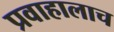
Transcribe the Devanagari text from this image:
प्रवाहालाच